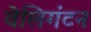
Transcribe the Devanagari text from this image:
वेलिगंटन